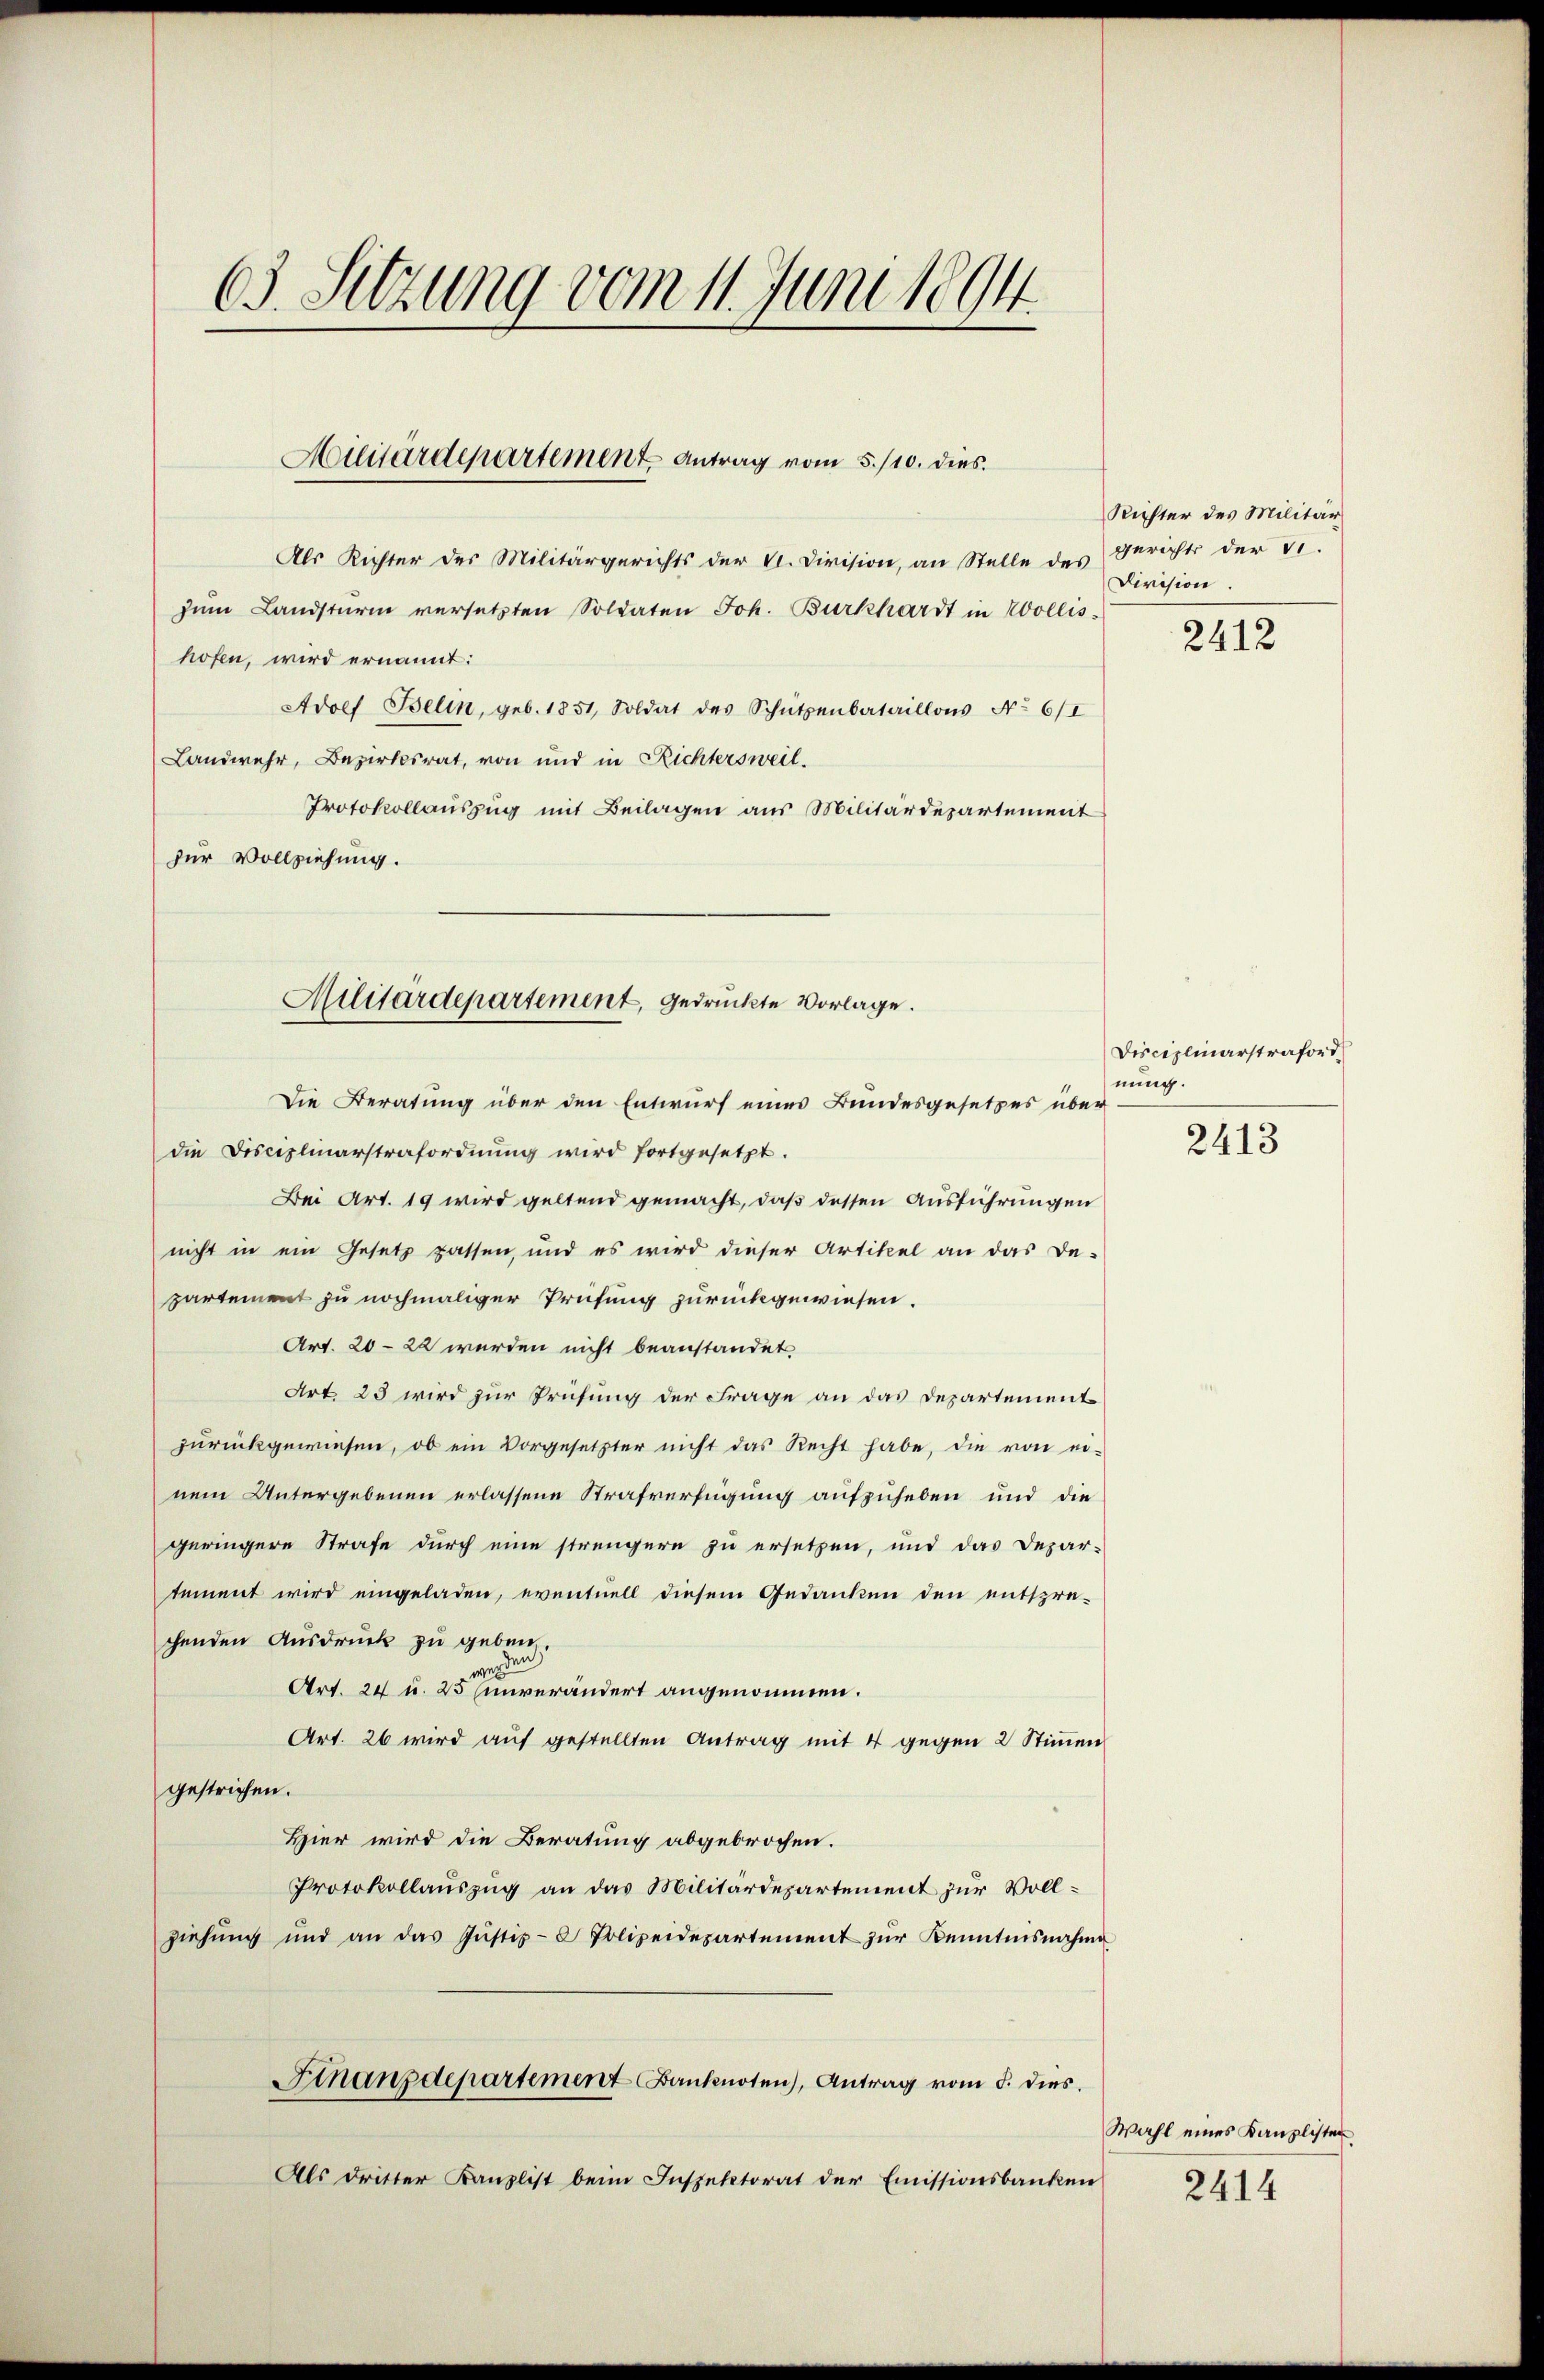
63. Sitzung vom 11. Juni 1894

Militärdepartement Antrag vom 5./10. dies

die Disciplinarstrafordnŭng wird fortgesetzt.
Bei Art. 19 wird geltend gemacht, daß dessen Ausführungen
nicht in ein Gesetz passen, und es wird dieser Artikel an das De-
partement zu nochmaliger Prüfung zurückgewiesen.
Art. 20—22 werden nicht beanstandet
Art. 23 wird zur Prüfung der Frage an das Departement
zŭrückgewiesen, ob ein Vorgesetzter nicht das Recht habe, die von ei-
nem Untergebenen erlassene Strafverfügung aufzuheben und die
geringere Strafe durch eine strengern zu ersetzen, und das Depar-
tement wird eingeladen, eventuell diesem Gedanken den entspre-
chenden Aŭsdrŭck zu geben.
werden
Art. 24 u. 25 unverändert angenommen.
Art. 26 wird auf gestellten Antrag mit 4 gegen 2 Stimmen
gestrichen.
Hier wird die Beratung abgebrochen.
Protokollauszug an das Militärdepartement zur Vollziehung und an das Jŭstiz- & Polizeidepartement zur Kenntnisnahme
Finanzdepartement Banknoten), Antrag vom 5. dies.
Als dritter Kanzlist beim Inspektorat der Emissionsbanken

Als Richter des Militärgerichts der VI. Division, an Stelle des Gerichts der v.
zŭm Landsturm versetzten Soldaten Joh. Burkhardt in Wollis
hofen, wird ernannt:
Adolf Belin, geb. 1851, Soldat des Schützenbataillons No 6/I
Landwehr, Bezirksrat, von und in Richtersweil.
Protokollauszug mit Beilagen aus Militärdepartement
zur Vollziehung.

Militärdepartement, gedruckte Vorlage.
Die Beratung über den Entwurf eines Bundesgesetzes über

Richter des Militär
Division.

2412

Disciplinarstraford
nung.

2413

Wahl eines Kanzlisten
2414